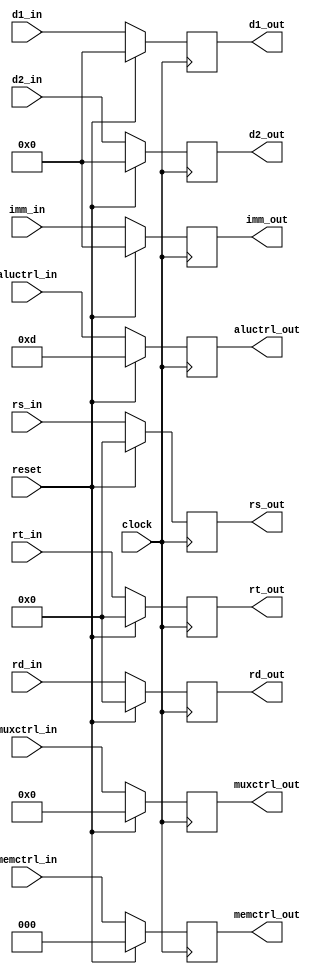
module pipeline(
	input wire clock,
	input wire reset,
	input wire[31:0] d1_in,
	input wire[31:0] d2_in,
    input wire[31:0] imm_in,
	input wire[4:0] rs_in,
	input wire[4:0] rt_in,
	input wire[4:0] rd_in,
	input wire[15:0] muxctrl_in,
	input wire[2:0] memctrl_in,
	input wire[4:0] aluctrl_in,
	output reg[31:0] d1_out,
	output reg[31:0] d2_out,
    output reg[31:0] imm_out,
	output reg[4:0] rs_out,
	output reg[4:0] rt_out,
	output reg[4:0] rd_out,
	output reg[15:0] muxctrl_out,
	output reg[2:0] memctrl_out,
	output reg[4:0] aluctrl_out
	);

    initial begin
        d1_out = 0;
        d2_out = 0;
        imm_out = 0;
        rs_out = 0;
        rt_out = 0;
        muxctrl_out = 0;
        memctrl_out = 0;
        aluctrl_out = 0;
    end

	always @(posedge clock) begin
		if (reset == 1'b1) begin
			d1_out <= 0;
			d2_out <= 0;
            imm_out <= 0;
			rd_out <= 0;
			rs_out <= 0;
			rt_out <= 0;
			muxctrl_out <= 0;
			memctrl_out <= 0;
			aluctrl_out <= 5'b01101; // NOOP
		end else begin
			d1_out <= d1_in;
			d2_out <= d2_in;
            imm_out <= imm_in;
			rd_out <= rd_in;
			rs_out <= rs_in;
			rt_out <= rt_in;
			muxctrl_out <= muxctrl_in;
			memctrl_out <= memctrl_in;
			aluctrl_out <= aluctrl_in;
		end
	end
endmodule